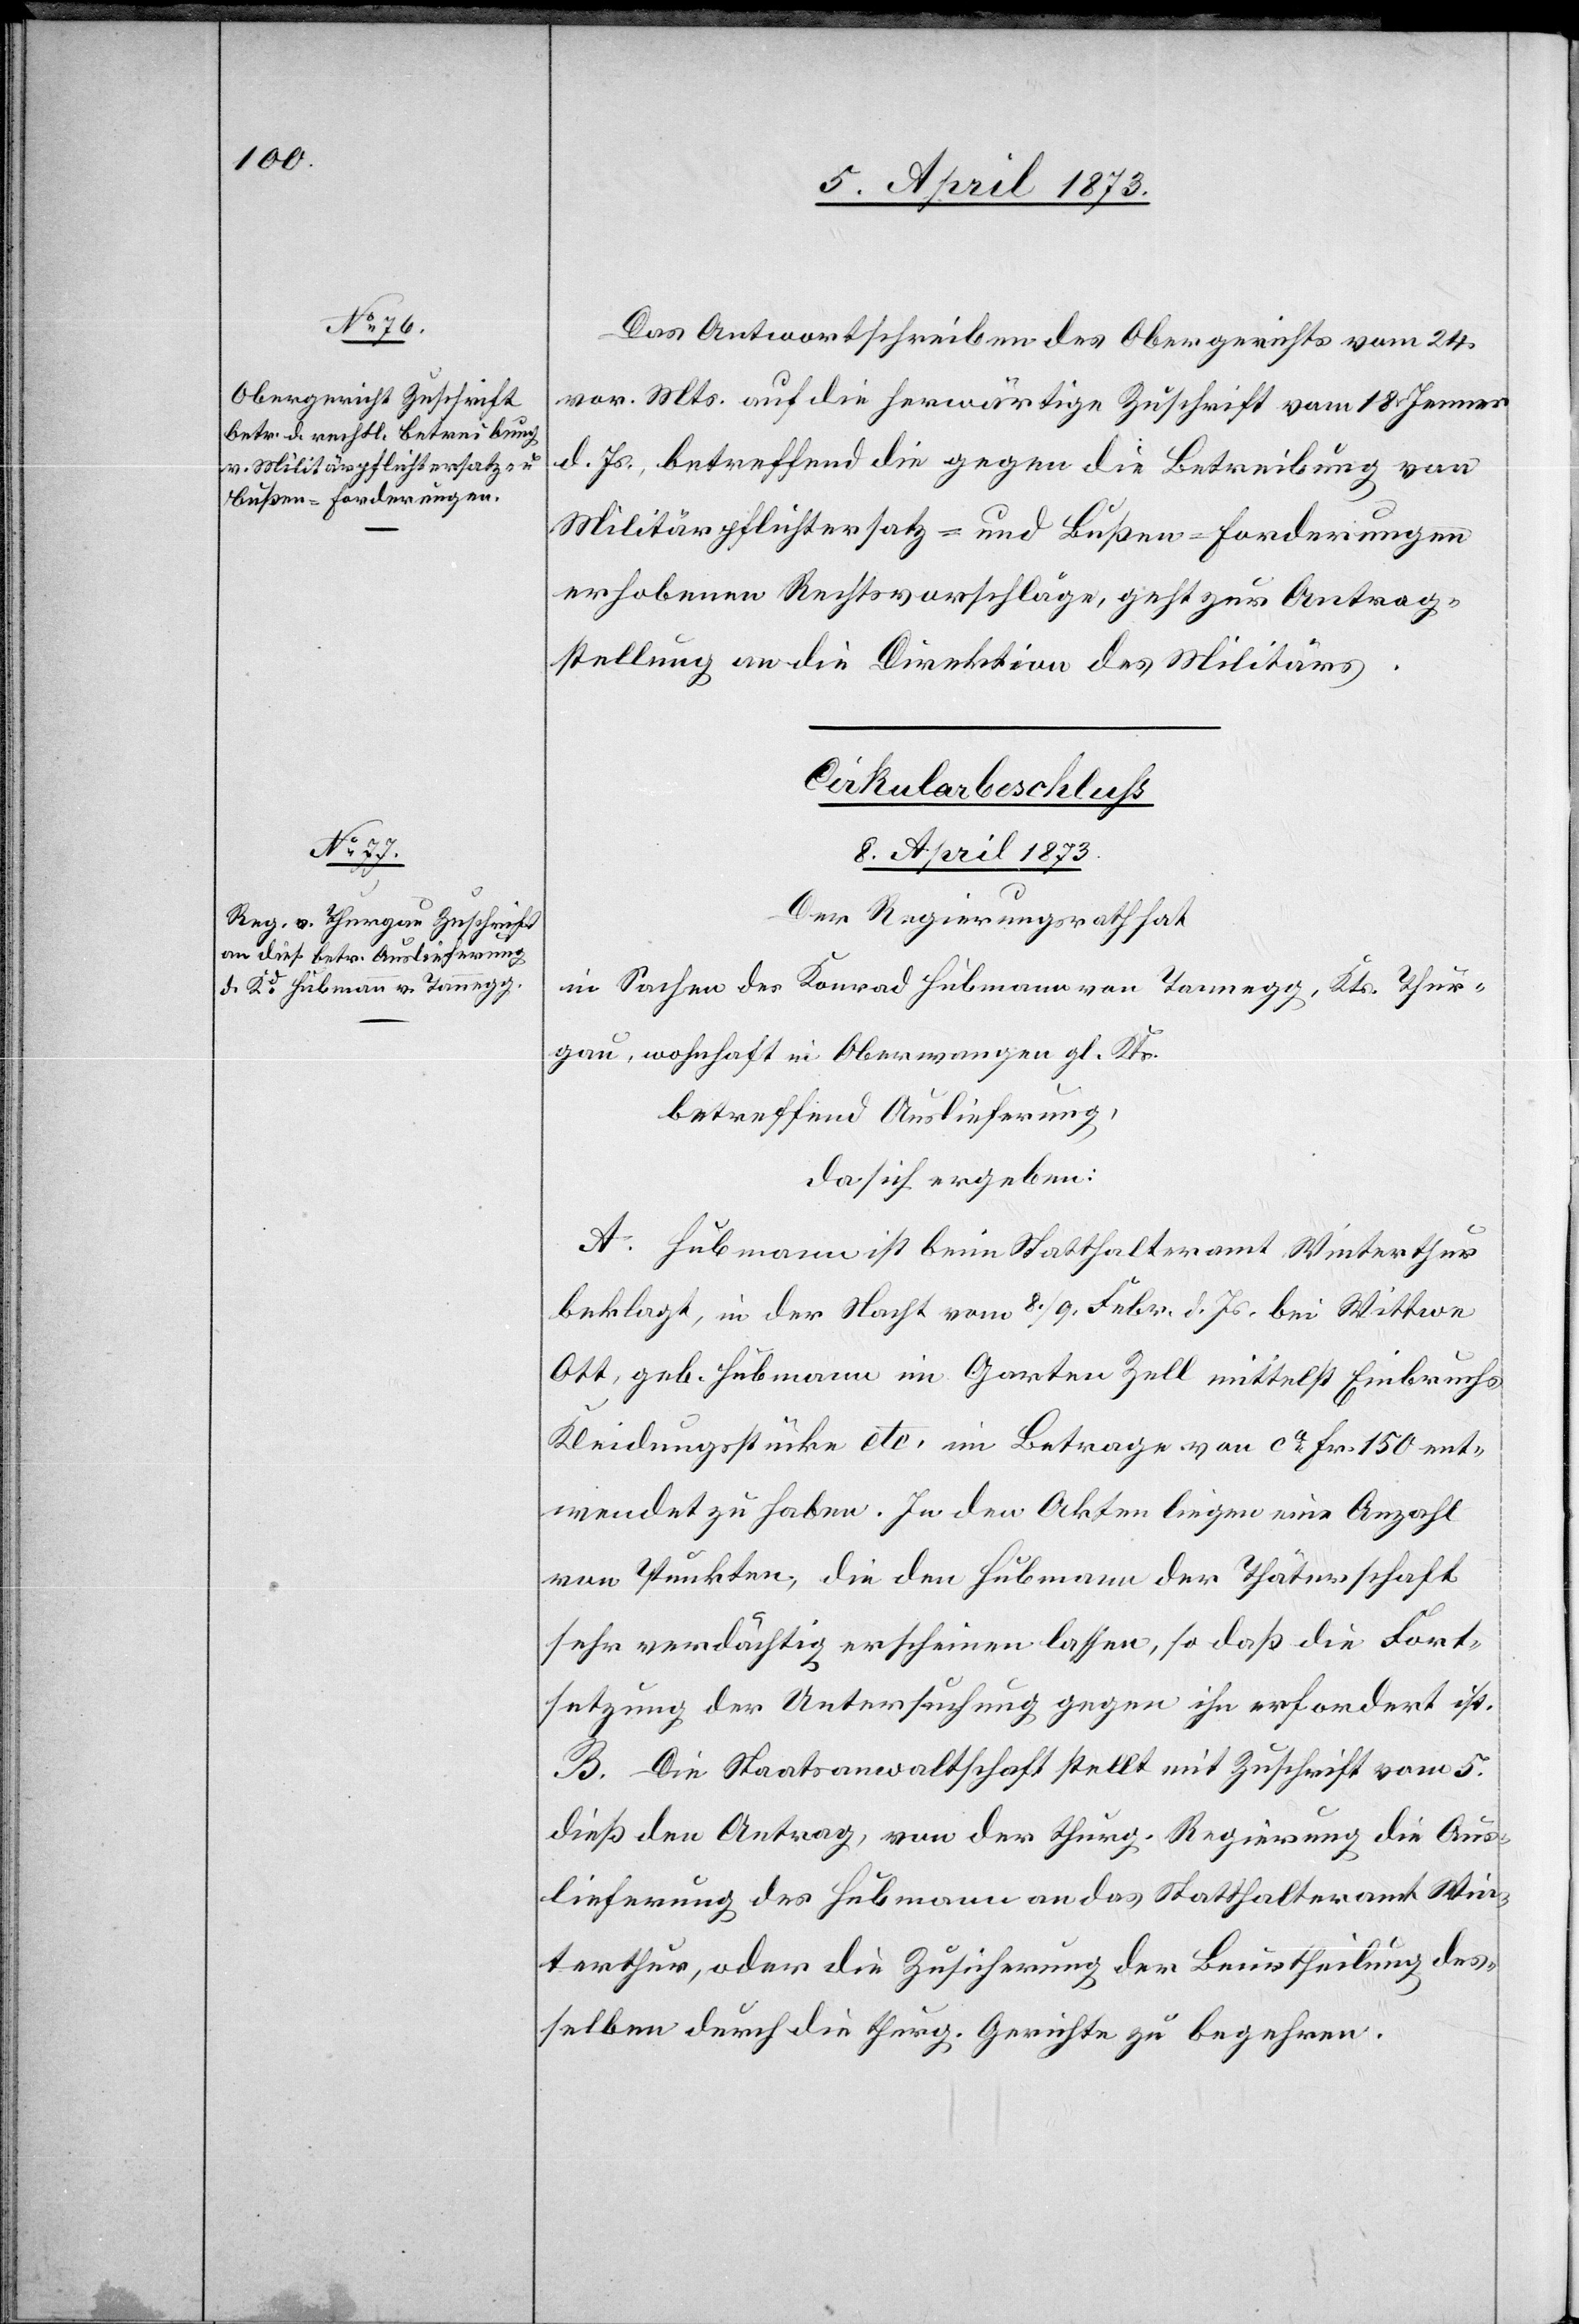
8. April 1873.
Das Antwortschreiben des Obergerichts vom 24.
vor. Mts. auf die herwärtige Zuschrift vom 18. Jenner
d. Js., betreffend die gegen die Betreibung von
Militärpflichtersatz- und Bußen-Forderungen
erhobenen Rechtsvorschläge, geht zur Antrag¬
stellung an die Direktion des Militärs.
Cirkularbeschluß.
8. April 1873.
Der Regierungsrath hat
in Sachen des Konrad Hubmann von Tannegg, Kts. Thur¬
gau, wohnhaft in Oberwangen gl. Kts.
betreffend Auslieferung,
da sich ergeben:
A. Hubmann ist beim Statthalteramt Winterthur
beklagt, in der Nacht vom 8./9. Febr. d. Js. bei Wittwe
Ott, geb. Hubmann im Garten Zell mittelst Einbruchs
Kleidungsstücke etc. im Betrage von ca Fr. 150 ent¬
wendet zu haben. In den Akten liegen eine Anzahl
von Punkten, die den Hubmann der Thäterschaft
sehr verdächtig erscheinen lassen, so daß die Fort¬
setzung der Untersuchung gegen ihn erfordert ist.
B. Die Staatsanwaltschaft stellt mit Zuschrift vom 5.
dieß den Antrag, von der thurg. Regierung die Aus¬
lieferung des Hubmann an das Statthalteramt Win¬
terthur, oder die Zusicherung der Beurtheilung des¬
selben durch die thurg. Gerichte zu begehren.